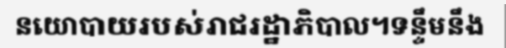
នយោបាយរបស់រាជរដ្ឋាភិបាល។ទន្ទឹមនឹង